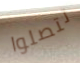
تتصلوا